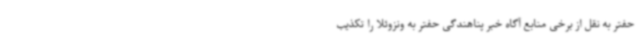
حفتر به نقل از برخی منابع آگاه خبر پناهندگی حفتر به ونزوئلا را تکذیب